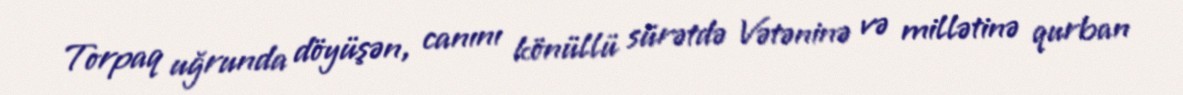
Torpaq uğrunda döyüşən, canını könüllü sürətdə Vətəninə və millətinə qurban